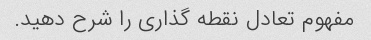
مفهوم تعادل نقطه گذاری را شرح دهید.